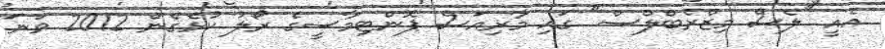
އެއީ "ލެސް މިޒްރެބްލްސް" ގައި މާރިއަސް ޕޮންޓިމާސީގެ ރޯލު ކުޅެގެން 2012 ވަނަ